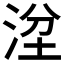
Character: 𣴞